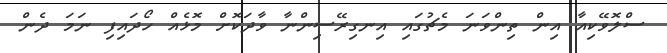
ސްލޮވޭކިއާ އިން ތިންވަނަ މެޗުގައި އިނގިރޭސިންނާ ވާދަކޮށް މޮޅެއް ހޯދައިފި ނަމަ ދެން